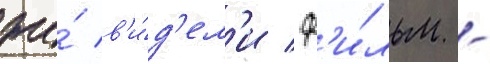
же́ в'и́д'ел'и ф'и́льм -